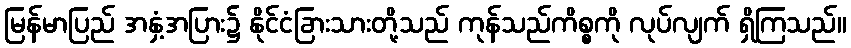
မြန်မာပြည် အနှံ့အပြား၌ နိုင်ငံခြားသားတို့သည် ကုန်သည်ကိစ္စကို လုပ်လျက် ရှိကြသည်။